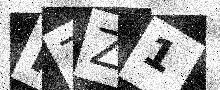
Text: NZZ1